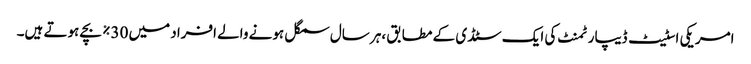
امریکی اسٹیٹ ڈیپارٹمنٹ کی ایک سٹڈی کے مطابق ،ہر سال سمگل ہونے والے افراد میں 30% بچے ہوتے ہیں۔